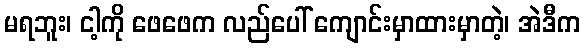
မရဘူး၊ ငါ့ကို ဖေဖေက လည်ပေါ် ကျောင်းမှာထားမှာတဲ့၊ အဲဒီက